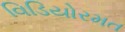
વિડિયોરમત